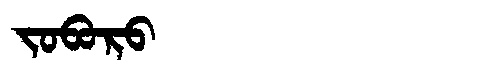
Manchu: ᠵᠣᠪᠣᡵᠣ
Romanization: JOBORO